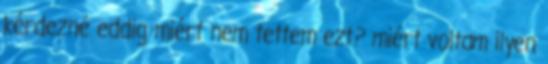
kérdezné eddig miért nem tettem ezt? miért voltam ilyen